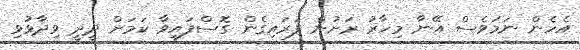
އެހެން ނަމަވެސް އޭނާ މިހާރު ރަށުން ފުރައިގެން ގޮސްފައިވާ ކަމަށް ދީދީ ވިދާޅުވި